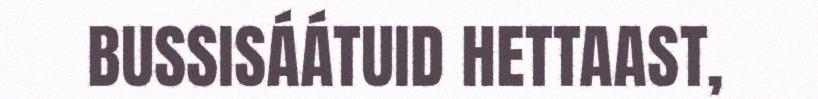
BUSSISÁÁTUID HETTAAST,